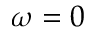
\omega = 0